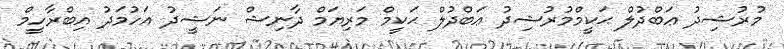
މުރުޝިދު ޢަބްދުލް ޙަކީމްމުރުޝިދު ޢަބްދުލް ޙަކީމް މަރިޔަމް ދާނިޝް ނަޝީދު އަހުމަދު އިބްރާހީމް